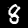
Label: 8